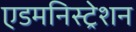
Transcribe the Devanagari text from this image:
एडमनिस्ट्रेशन